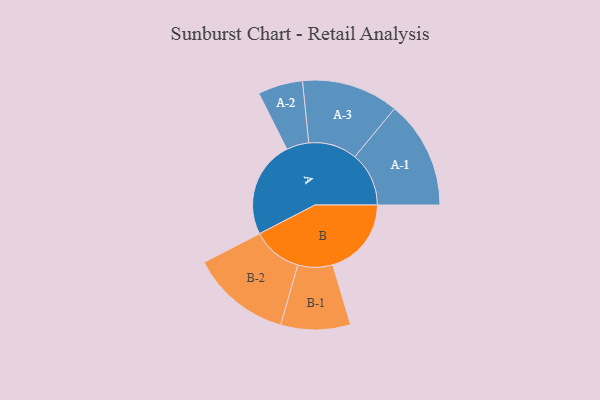
{"axis": {"x": "Segment", "y": "Value"}, "legend": ["", "A", "B"], "data": [{"x": "A", "y": 454, "type": ""}, {"x": "B", "y": 368, "type": ""}, {"x": "A-1", "y": 253, "type": "A"}, {"x": "A-2", "y": 105, "type": "A"}, {"x": "A-3", "y": 227, "type": "A"}, {"x": "B-1", "y": 163, "type": "B"}, {"x": "B-2", "y": 234, "type": "B"}]}